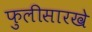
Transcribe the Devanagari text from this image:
फुलीसारखे